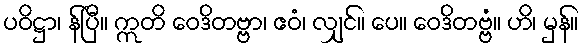
ပဝိဋ္ဌာ၊ န်ပြီ။ ဣတိ ဝေဒိတဗ္ဗာ၊ ဧဝံ၊ လျှင်။ ပေ။ ဝေဒိတဗ္ဗံ။ ဟိ၊ မှန်။